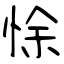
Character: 悇